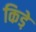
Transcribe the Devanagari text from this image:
किडे़